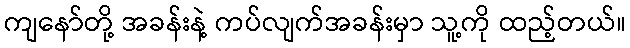
ကျနော်တို့ အခန်းနဲ့ ကပ်လျက်အခန်းမှာ သူ့ကို ထည့်တယ်။